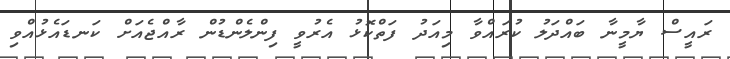
ރައީސް ޔާމީނާ ބައްދަލު ކުރައްވާ މިއަދު ފަތްކޮޅު އެރުވީ ފިންލެންޑުން ރާއްޖެއަށް ކަނޑައެޅުއްވި